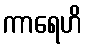
ကာရေဟိ